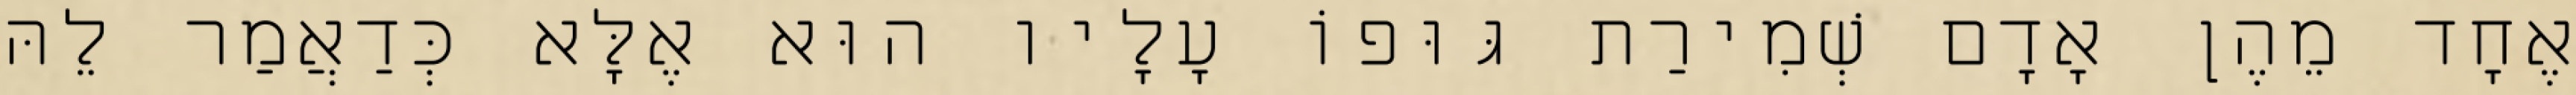
אֶחָד מֵהֶן אָדָם שְׁמִירַת גּוּפוֹ עָלָיו הוּא אֶלָּא כְּדַאֲמַר לֵהּ